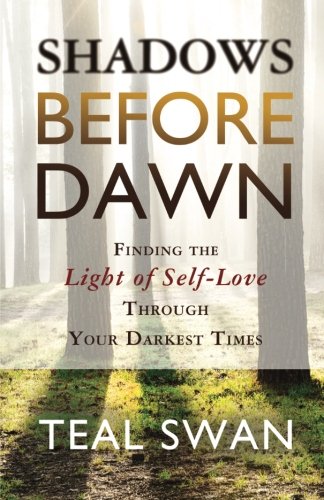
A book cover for Shadows Before Dawn: Finding the Light of Self-Love Through Your Darkest Times; Teal Swan; Self-Help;